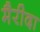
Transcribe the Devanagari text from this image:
मैरीदा